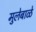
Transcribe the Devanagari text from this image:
मुलेबाळे